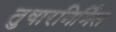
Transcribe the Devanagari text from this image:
तुषारनिर्मित